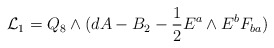
\begin{align*}{\cal{L}}_{1} = Q_{8} \wedge (dA-B_2 - {1 \over 2} E^{a} \wedge E^{b} F_{ba})\end{align*}